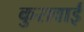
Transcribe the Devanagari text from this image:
कुरावाई